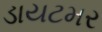
ડાયટમર